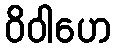
ဝိဝါဟေ